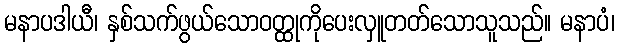
မနာပဒါယီ၊ နှစ်သက်ဖွယ်သောဝတ္ထုကိုပေးလှူတတ်သောသူသည်။ မနာပံ၊